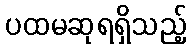
ပထမဆုရရှိသည့်